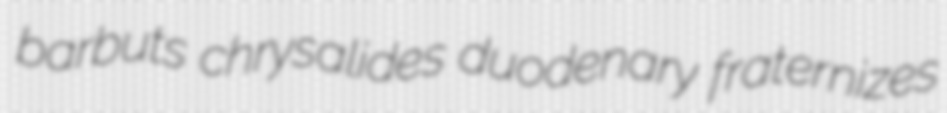
barbuts chrysalides duodenary fraternizes